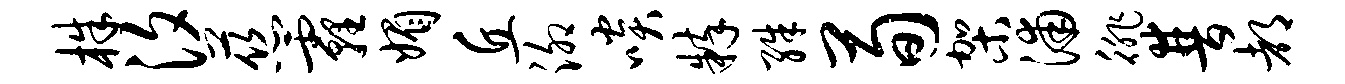
株汐慈霾媚丘泖啖粹殊荀架浦徘普都